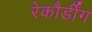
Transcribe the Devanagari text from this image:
रेकौर्डींग